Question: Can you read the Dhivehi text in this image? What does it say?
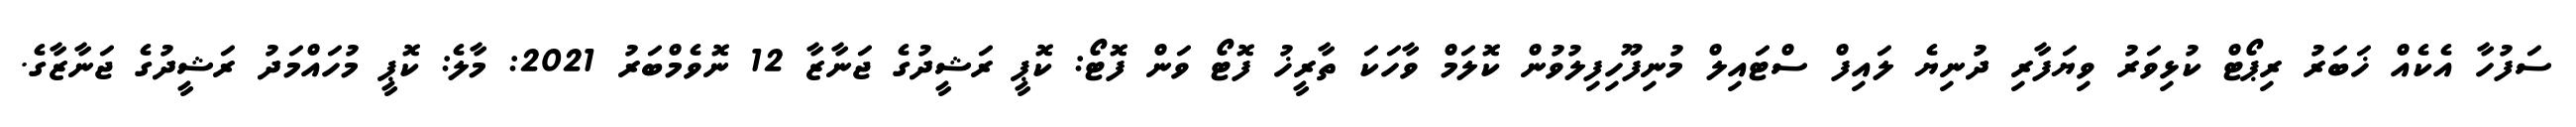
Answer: ސަފުހާ އެކެއް ޚަބަރު ރިޕޯޓް ކުޅިވަރު ވިޔަފާރި ދުނިޔެ ލައިފް ސްޓައިލް މުނިފޫހިފިލުވުން ކޮލަމް ވާހަކަ ތާރީޚު ފޮޓޯ ވަން ފޮޓޯ: ކޮޕީ ރަޝީދުގެ ޖަނާޒާ 12 ނޮވެމްބަރު 2021: މާލެ: ކޮޕީ މުހައްމަދު ރަޝީދުގެ ޖަނާޒާގެ.